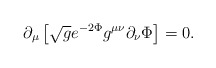
\begin{align*}\partial_{\mu} \left[ \sqrt{g} e^{-2 \Phi} g^{\mu \nu} \partial_{\nu} \Phi \right]=0.\end{align*}